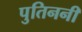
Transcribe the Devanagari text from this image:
पुतिननी